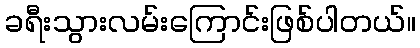
ခရီးသွားလမ်းကြောင်းဖြစ်ပါတယ်။